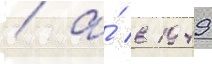
/ а́ в 1949